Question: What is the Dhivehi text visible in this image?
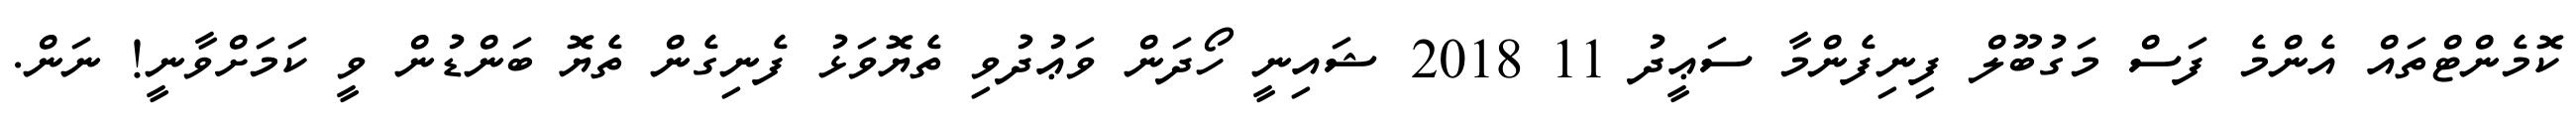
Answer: ކޮމެންޓްތައް އެންމެ ފަސް މަގުބޫލް ފިނިފެންމާ ސަޢީދު 11 2018 ޝައިނީ ހޯދަން ވަޢުދުވި ތެޔޮވަޅު ފެނިގެން ތެޔޮ ބަންޑުން ވީ ކަމަށްވާނީ! ނަން.